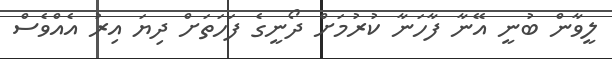
ލީވާން ބުނީ އޭނާ ފާހަނާ ކުރުމަށް ދޯނީގެ ފަހަތަށް ދިޔަ އިރު އެއްވެސް